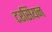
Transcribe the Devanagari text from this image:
टरसियन